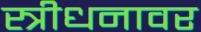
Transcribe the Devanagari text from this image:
स्त्रीधनावर